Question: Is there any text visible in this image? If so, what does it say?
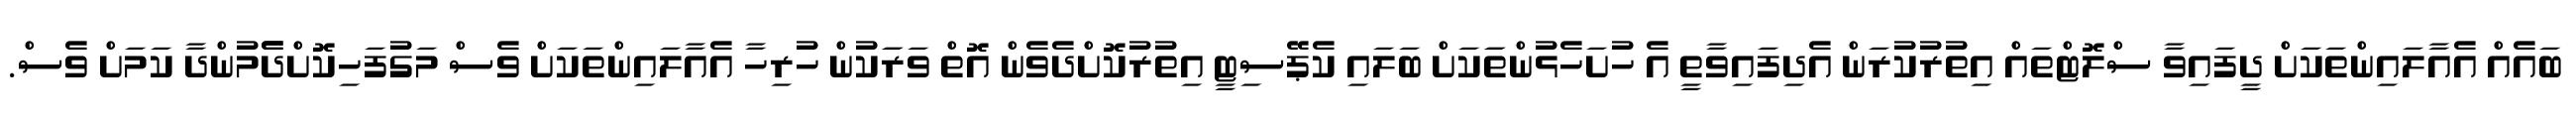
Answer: ބައެއް އެއާލައިންތަކަށް ދީފައިވާ ސްލޮޓްތައް އިތުރުކުރަން އެދިފައިވާތީ އެ ހުށަހެޅުންތަަކަށް ބަލައި ކެޕޭސިޓީ އިތުރުކޮށްދެވެން އޮތް ވަރަަކުން ހުރިހާ އެއާލައިންތަކަށް ވެސް މަގުފަހިކޮށްދެެމުންދާ ކަމަށް ވެސް.